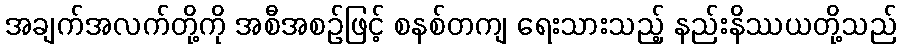
အချက်အလက်တို့ကို အစီအစဉ်ဖြင့် စနစ်တကျ ရေးသားသည့် နည်းနိဿယတို့သည်